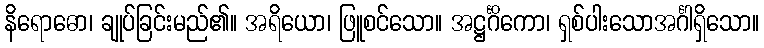
နိရောဓော၊ ချုပ်ခြင်းမည်၏။ အရိယော၊ ဖြူစင်သော။ အဋ္ဌင်္ဂိကော၊ ရှစ်ပါးသောအင်္ဂါရှိသော။